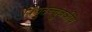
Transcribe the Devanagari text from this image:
विद्युतच्चुंबकीय